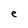
Character: e